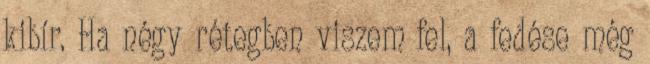
kibír. Ha négy rétegben viszem fel, a fedése még